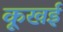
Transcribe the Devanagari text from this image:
कूखई